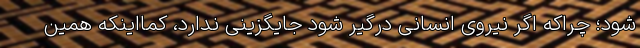
شود؛ چراکه اگر نیروی انسانی درگیر شود جایگزینی ندارد، کمااینکه همین